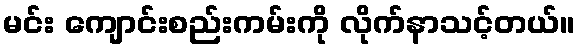
မင်း ကျောင်းစည်းကမ်းကို လိုက်နာသင့်တယ်။